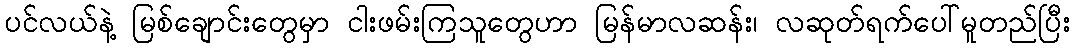
ပင်လယ်နဲ့ မြစ်ချောင်းတွေမှာ ငါးဖမ်းကြသူတွေဟာ မြန်မာလဆန်း၊ လဆုတ်ရက်ပေါ်မူတည်ပြီး